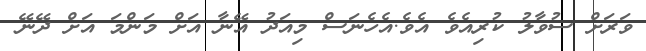
ވަރަށް ސުވާލު ކުރިއެވެ އެވެ.އެހެނަސް މިއަދު އޭނާ އަށް މަންމަ އަށް ދޭނޭ